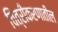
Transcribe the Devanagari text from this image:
चित्रीकरणातील